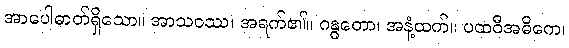
အာပေါဓာတ်ရှိသော။ အာသဝဿ၊ အရက်၏။ ဂန္ဓတော၊ အနံ့ထက်။ ပထဝီအဓိကေ၊